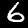
Label: 6